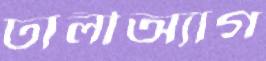
ঢালীঅ্যাগ